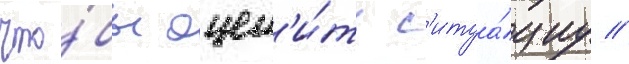
что́бы оцен'и́ть с'итуа́циу //